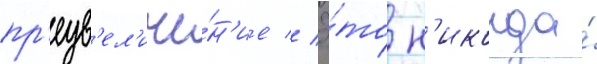
пр'еув'ел'иче́н'ие // Э́то н'икогда́